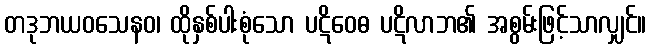
တဒုဘယဝသေနဝ၊ ထိုနှစ်ပါးစုံသော ပဋိဝေဓ ပဋိလာဘ၏ အစွမ်းဖြင့်သာလျှင်။